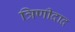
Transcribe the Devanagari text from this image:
त्रिणीदाद